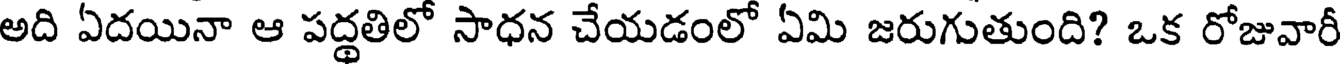
అది ఏదయినా ఆ పద్థతిలో సాధన చేయడంలో ఏమి జరుగుతుంది? ఒక రోజువారీ